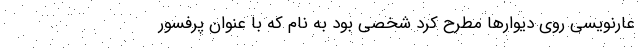
عار‌نویسی روی دیوارها مطرح کرد شخصی بود به نام که با عنوان پرفسور